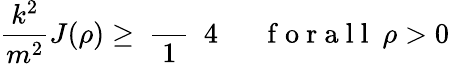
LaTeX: \frac{k^{2}}{m^{2}}J(\rho)\geq\mathrm{~\frac~{~1~}~{~4~}~}\quad\mathrm{~f~o~r~a~l~l~}~\rho>0